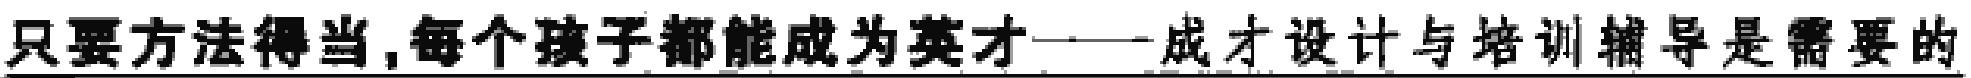
只要方法得当,每个孩子都能成为英才——成才设计与培训辅导是需要的